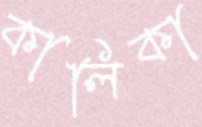
কালিকা